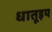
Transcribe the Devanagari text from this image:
धातूइय